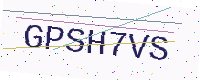
Text: GPSH7VS